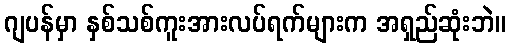
ဂျပန်မှာ နှစ်သစ်ကူးအားလပ်ရက်များက အရှည်ဆုံးဘဲ။